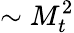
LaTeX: \sim M_{t}^{2}